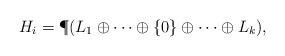
\begin{align*}H_i=\P(L_1\oplus\cdots\oplus\{0\}\oplus\cdots\oplus L_k),\end{align*}